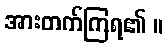
အားတက်ကြရ၏ ။